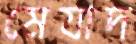
মেযাদ